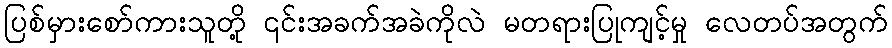
ပြစ်မှားစော်ကားသူတို့ ၎င်းအခက်အခဲကိုလဲ မတရားပြုကျင့်မှု လေတပ်အတွက်